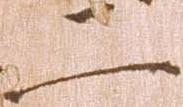
二